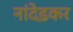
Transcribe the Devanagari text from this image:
नांदेडकर